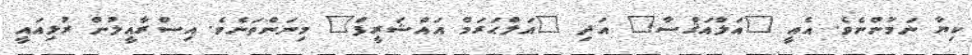
ކިޔާ ނަމުންނެވެ. އެއީ "އަލްއަޤްސާ" އަދި "އަލްޙަރަމް އައްޝަރީފް" މިނަންތަނެވެ. އިސްރާއީލުން ރުޅިއައީ